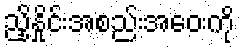
ညှိနှိုင်းအစည်းအဝေးကို